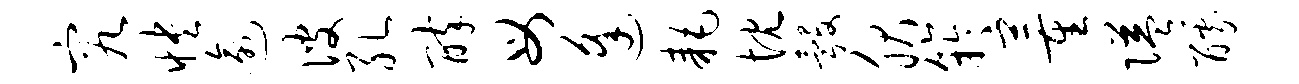
究怏逾彼孔醉母逢耗忱彀服竽董隘醵